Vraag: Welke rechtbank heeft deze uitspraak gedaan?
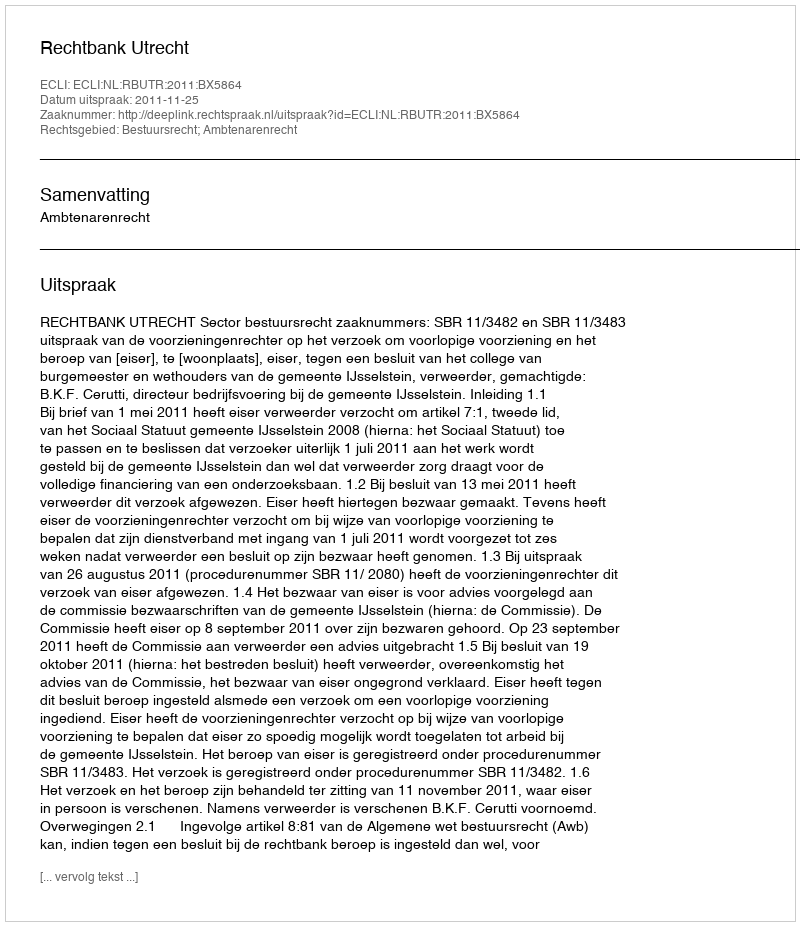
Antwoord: Rechtbank Utrecht